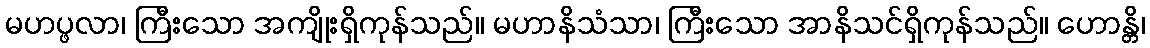
မဟပ္ဖလာ၊ ကြီးသော အကျိုးရှိကုန်သည်။ မဟာနိသံသာ၊ ကြီးသော အာနိသင်ရှိကုန်သည်။ ဟောန္တိ၊